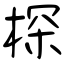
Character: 棎